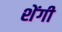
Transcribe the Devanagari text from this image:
शेंगी